Indian journal of veterinary science and animal husbandry - Volume 10,
Year: 1940
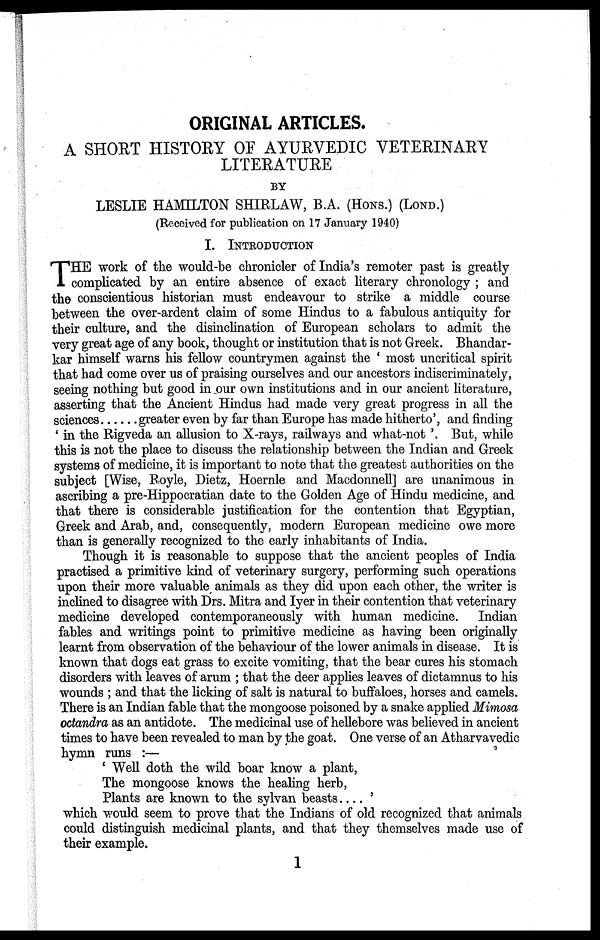
ORIGINAL ARTICLES.
A SHORT HISTORY OF AYURVEDIC VETERINARY
LITERATURE
BY
LESLIE HAMILTON SHIRLAW, B.A. (HONS.) (LOND.)
(Received for publication on 17 January 1940)
I. INTRODUCTION
T HE work of the would-be chronicler of India's remoter past is greatly-
complicated by an entire absence of exact literary chronology ; and
the conscientious historian must endeavour to strike a middle course
between the over-ardent claim of some Hindus to a fabulous antiquity for
their culture, and the disinclination of European scholars to admit the
very great age of any book, thought or institution that is not Greek. Bhandar¬
kar himself warns his fellow countrymen against the ' most uncritical spirit
that had come over us of praising ourselves and our ancestors indiscriminately,
seeing nothing but good in our own institutions and in our ancient literature,
asserting that the Ancient Hindus had made very great progress in all the
sciences
greater even by far than Europe has made hitherto', and finding
' in the Rigveda an allusion to X-rays, railways and what-not '. But, while
this is not the place to discuss the relationship between the Indian and Greek
systems of medicine, it is important to note that the greatest authorities on the
subject [Wise, Royle, Dietz, Hoernle and Macdonnell] are unanimous in
ascribing a pre-Hippocratian date to the Golden Age of Hindu medicine, and
that there is considerable justification for the contention that Egyptian,
Greek and Arab, and, consequently, modern European medicine owe more
than is generally recognized to the early inhabitants of India.
Though it is reasonable to suppose that the ancient peoples of India
practised a primitive kind of veterinary surgery, performing such operations
upon their more valuable animals as they did upon each other, the writer is
inclined to disagree with Drs. Mitra and Iyer in their contention that veterinary
medicine developed contemporaneously with human medicine. Indian
fables and writings point to primitive medicine as having been originally
learnt from observation of the behaviour of the lower animals in disease. It is
known that dogs eat grass to excite vomiting, that the bear cures his stomach
disorders with leaves of arum ; that the deer applies leaves of dictamnus to his
wounds ; and that the licking of salt is natural to buffaloes, horses and camels.
There is an Indian fable that the mongoose poisoned by a snake applied Mimosa
octandra as an antidote. The medicinal use of hellebore was believed in ancient
times to have been revealed to man by the goat. One verse of an Atharvavedic
hymn runs :—
' Well doth the wild boar know a plant,
The mongoose knows the healing herb,
Plants are known to the sylvan beasts. . . . '
which would seem to prove that the Indians of old recognized that animals
could distinguish medicinal plants, and that they themselves made use of
their example.
1